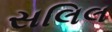
સલિલ